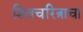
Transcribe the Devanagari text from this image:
शिवचरित्राचा